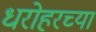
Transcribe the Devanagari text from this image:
धरोहरच्या